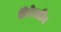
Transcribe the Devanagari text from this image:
डिटेक्टीव